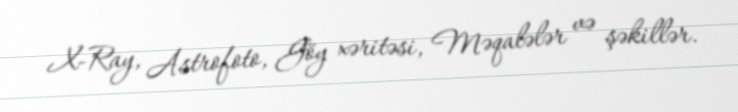
X-Ray, Astrofoto, Göy xəritəsi, Məqalələr və şəkillər.